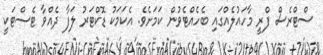
ސްޓްރެސް ފްރީ މާހައުލެއްގައި ބެހެއްޓެވުން ކަމަށެވެ. އެކަމަކު ޑޮކްޓަރު ލަފާ ދެެއްވާ ޓެސްޓަކީ